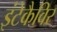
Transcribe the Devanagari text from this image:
इंटेकैविर